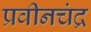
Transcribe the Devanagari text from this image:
प्रवीनचंद्र